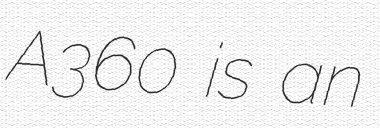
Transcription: A360 is an